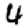
Digit: 4